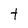
Character: t